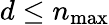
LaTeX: d\leq n_{\operatorname*{max}}